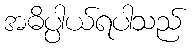
အဓိပ္ပါယ်ရပါသည်